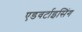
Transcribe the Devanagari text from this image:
एडवर्टाइसिंग